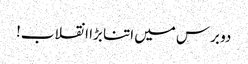
دو برس میں اتنا بڑا انقلاب!